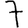
Digit: 7